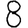
Digit: 8